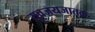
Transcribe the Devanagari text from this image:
युवजयजातक